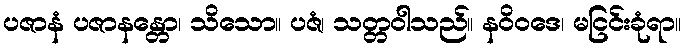
ပဇာနံ ပဇာနန္တော၊ သိသော။ ပဇံ၊ သတ္တဝါသည်။ နဝိဝဒေ၊ မငြင်းခုံရာ။